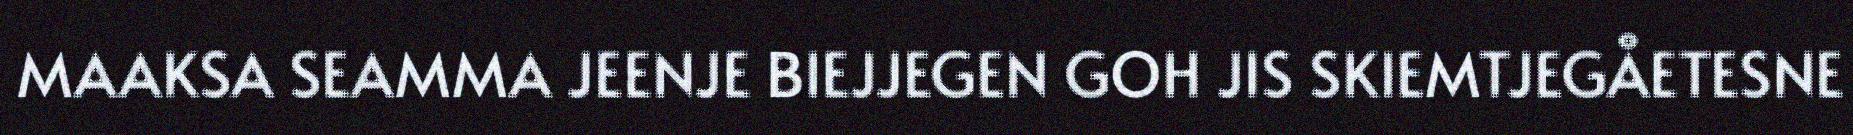
MAAKSA SEAMMA JEENJE BIEJJEGEN GOH JIS SKIEMTJEGÅETESNE